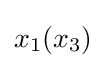
x_{1}{\left(x_{3}\right)}